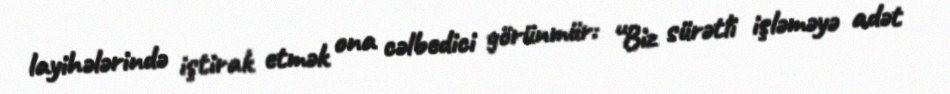
layihələrində iştirak etmək ona cəlbedici görünmür: “Biz sürətli işləməyə adət